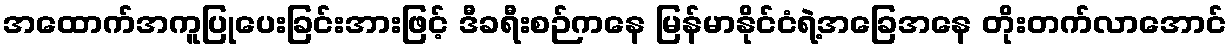
အထောက်အကူပြုပေးခြင်းအားဖြင့် ဒီခရီးစဉ်ကနေ မြန်မာနိုင်ငံရဲ့အခြေအနေ တိုးတက်လာအောင်